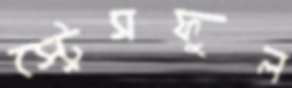
স্ট্রেসফুল